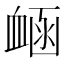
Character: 𧖾